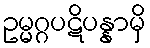
ဥမ္မဂ္ဂပဋိပန္နာမှိ